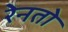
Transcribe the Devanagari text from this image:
रेनतो